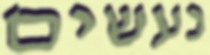
נעשים